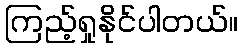
ကြည့်ရှုနိုင်ပါတယ်။